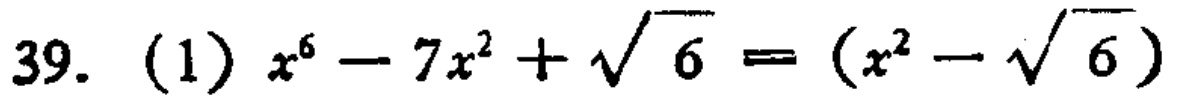
\(39.\ (1)\ x^{6}-7x^{2}+\sqrt{6}=(x^{2}-\sqrt{6})\)